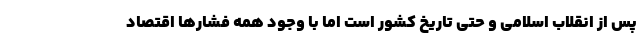
پس از انقلاب اسلامی و حتی تاریخ کشور است اما با وجود همه فشارها اقتصاد